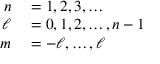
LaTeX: \begin{array} { r l } { n } & { { } = 1 , 2 , 3 , \dots } \\ { \ell } & { { } = 0 , 1 , 2 , \dots , n - 1 } \\ { m } & { { } = - \ell , \dots , \ell } \end{array}